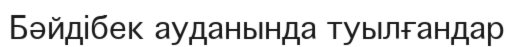
Бәйдібек ауданында туылғандар